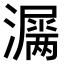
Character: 𤂎